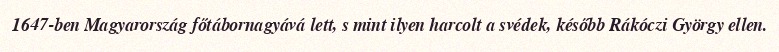
1647-ben Magyarország főtábornagyává lett, s mint ilyen harcolt a svédek, később Rákóczi György ellen.